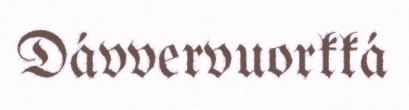
Dávvervuorkká